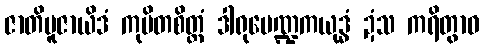
ဇာတိပူဇာယိဒံ ကုပိတစိတ္တံ ဒါရုမေဏ္ဍကယုဒ္ဓံ ဍံသ ကရိတွာဝ